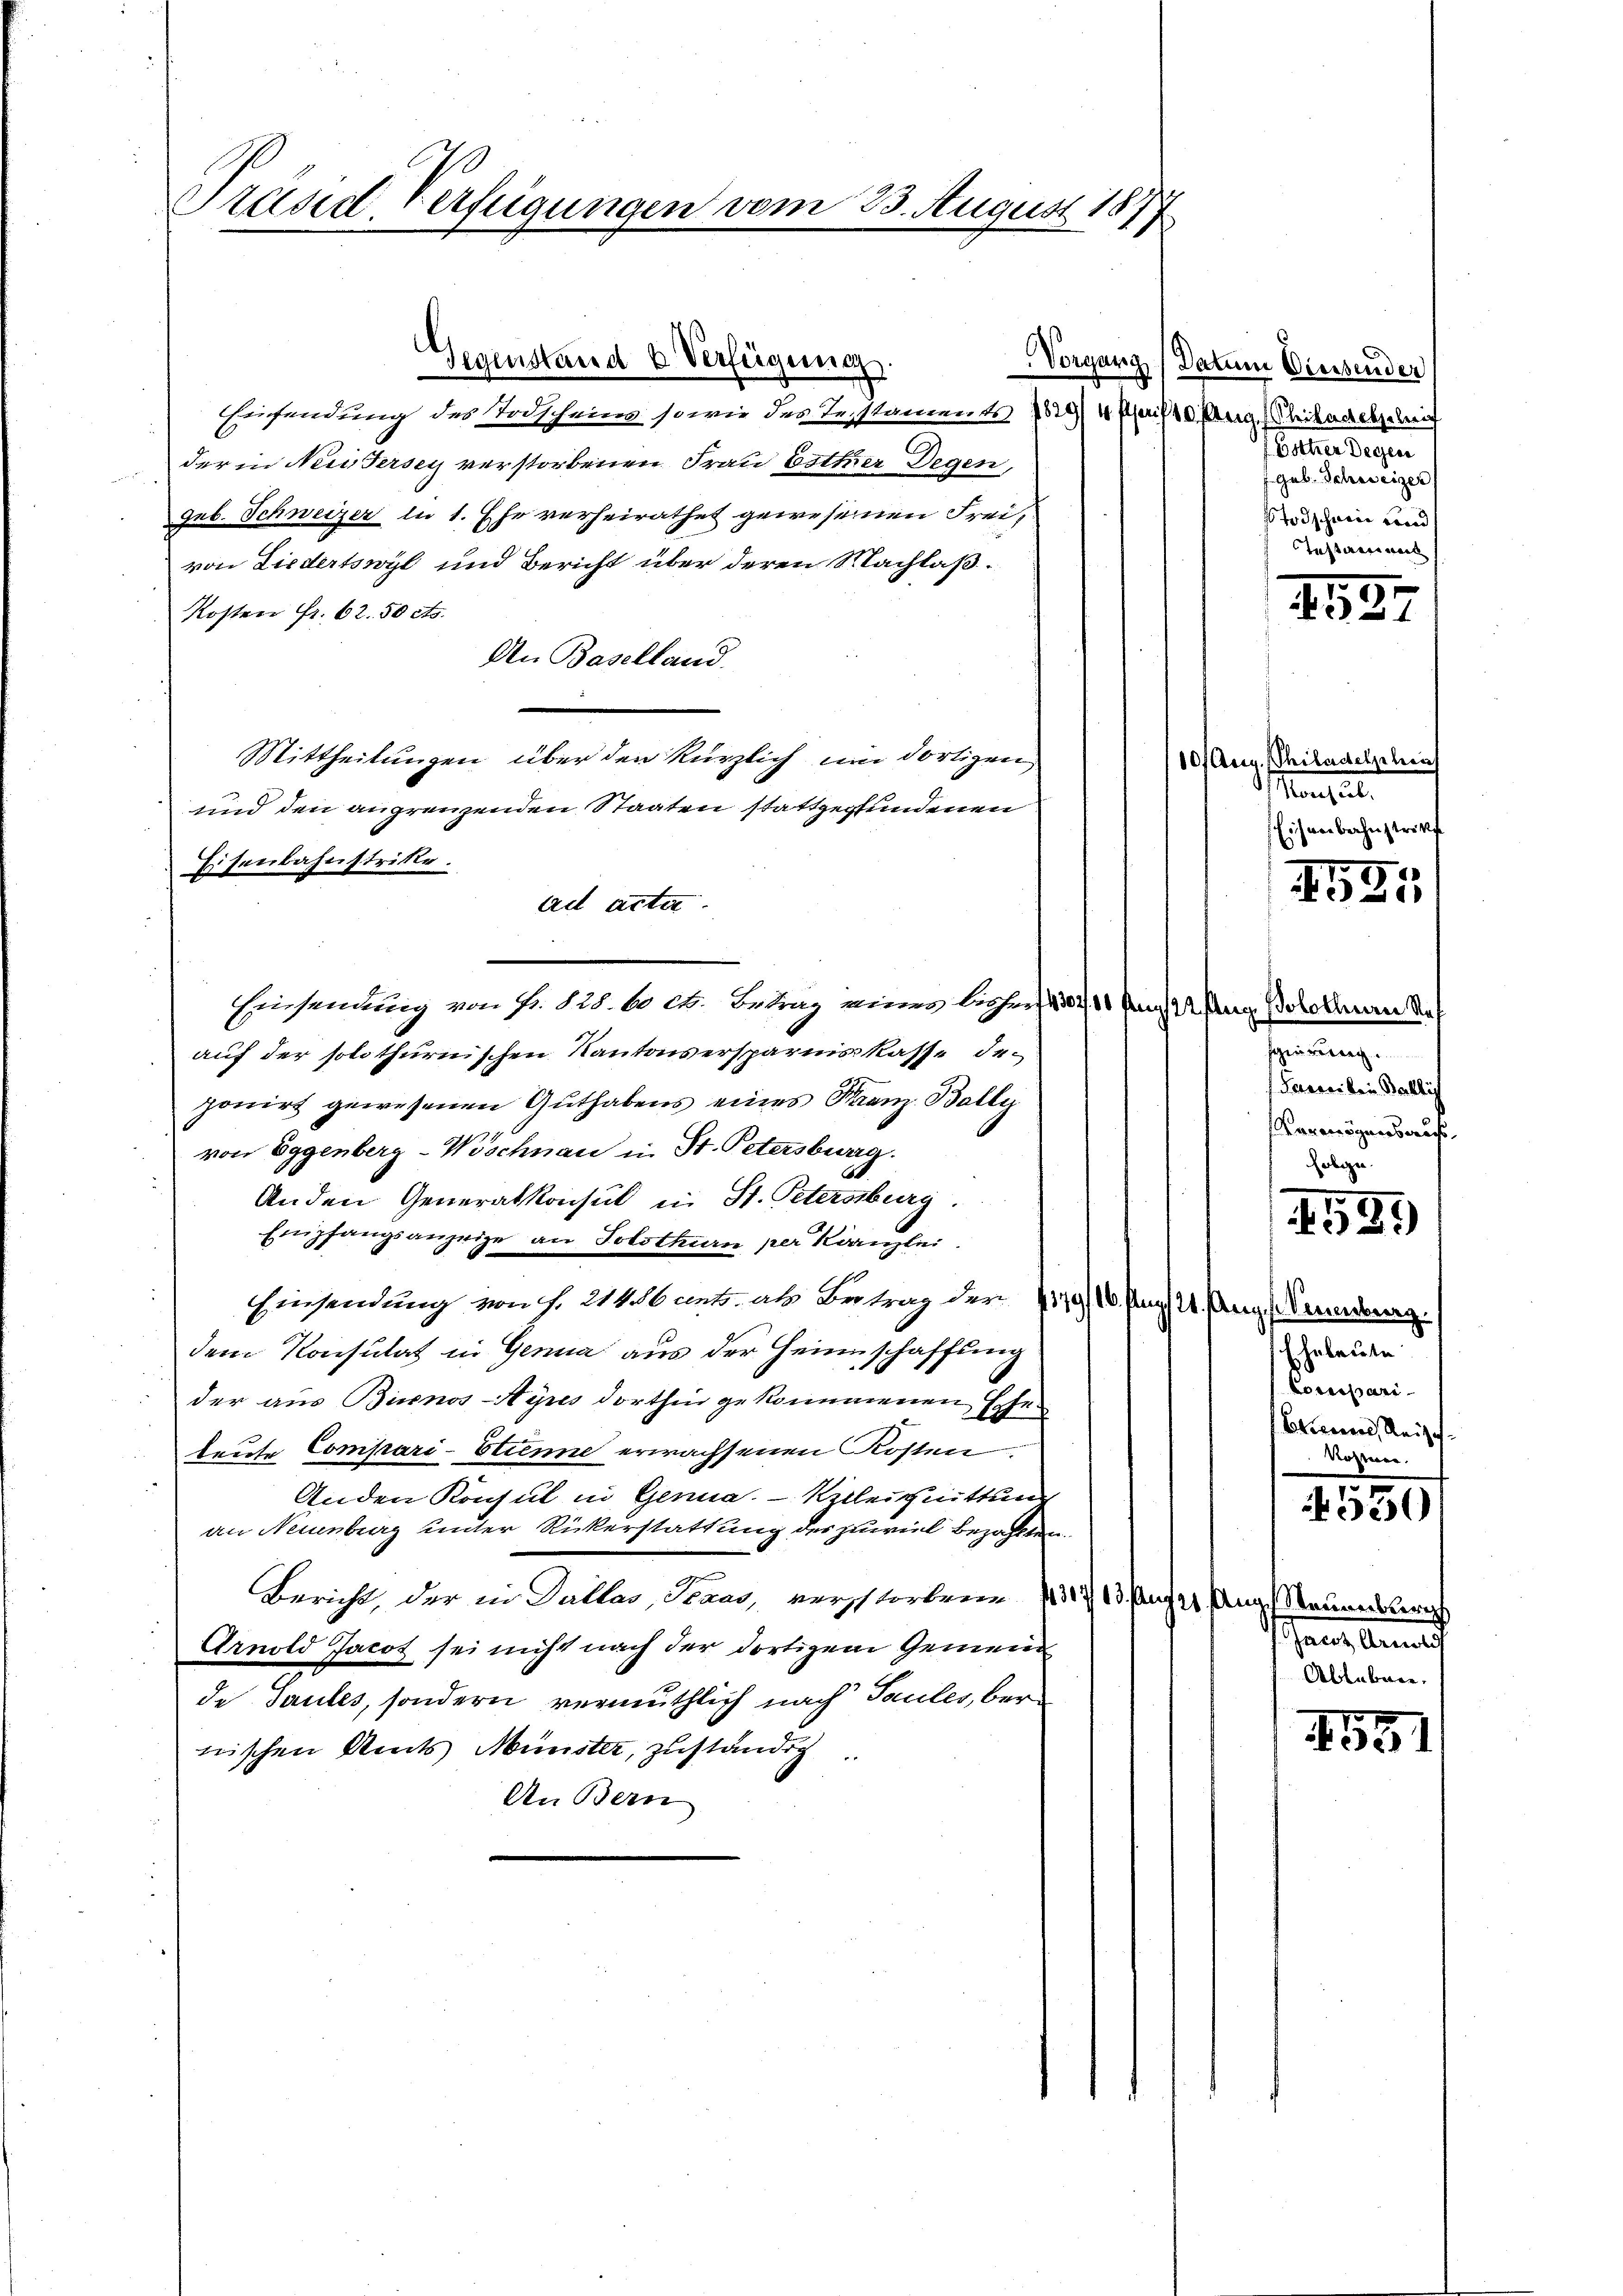
Präsid. Verfügungen vom 23. August 1877

Einsendung des Todscheins, sowie des Testaments die 4 Meisten Mitanten
der in Neidersey verstorbenen Frau Esther Degen,
geb. Schweizer in 1. Ehr verheirathet gewesenen Frei,
von Liedertswyl und Bericht über deren Nachlaß¬
Kosten fr. 62.50 cts.
An Baselland.
Mittheilungen über den kürzlich um dortigen
und den angrenzenden Staaten stattgefundenen
Eisenbahnstritte.
ad acta.
Einsendung von Fr. 128. 60 Ct. Betrag eines bisher, 304, 10 Tag Asang Bolothurn de
auf der solothurnischen Kantonsersparnis kasse deponirt gewesenen Guthabens eines Franz Bally
von Eggenberg-Wöschnau in St. Petersburg.
Anden Generalkonsul in St. Petersburg
Empfangsanzeige an Solothurn per Kanzlei.
Einsendung von s. 21406 ents. als Betrag der 1179/10 Pag. 24. Aug. Mindeur.
dem Konsulat in Genua aus der Heimschaffung
der aus Buenos-Ayres dorthin gekommenen Eisen
leute Compari-Stinne erwachsenen Kosten.
Anden Konsul in Genua. Alleichnittung
an Neuenburg unter Rickerstattung des zuviel bezahlten.
Bericht, der in Gallas, Staas, verstorbene 371 sache Anges Raumeistern
Arnold Jacot sei nicht nach der dortigem Gemein
de Saules, sondern vermuthlich nach Taules, ber
wischen Amts Münster, zuständig
An Bern

Gegenstand & Verfügung

Vorgang (Datum Diessender
ateur sagen
Gub. Schweizer
sTodschein und
Testament

458.

110 Aug. Philadelschen
Kanheit,
Eisenbahnstrikt

595

sierung.
Faweiben Wallis
Vermögens auf¬
Eeligen.

1531)

Eheleute
Cocessari
Vorinnes Reise
Rossen.

5
320

shaus demnach
Ablebene,

1551